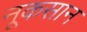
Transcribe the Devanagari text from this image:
नूकसान